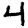
Digit: 4